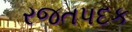
રજતપદક